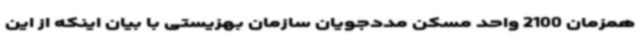
همزمان 2100 واحد مسکن مددجویان سازمان بهزیستی با بیان اینکه از این